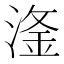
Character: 𣺨